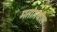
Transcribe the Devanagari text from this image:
मतांमधील